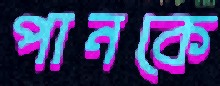
পানকে